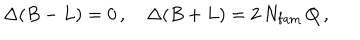
\Delta ( B - L ) = 0 \, , \quad \Delta ( B + L ) = 2 \, N _ { \mathrm { f a m } } \, Q \, ,